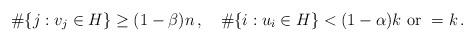
LaTeX: \begin{align*}\#\{j: v_j\in H\} \ge (1-\beta) n\,, \quad\#\{i: u_i \in H\} < (1-\alpha) k \mbox{~or~}=k\,.\end{align*}